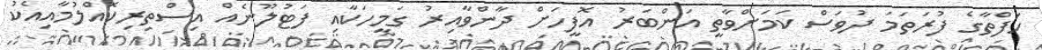
ހަފްތާގެ ފުރަތަމަ ދުވަސް ކަމަށްވާތީ އަންބަރު އޮފީހަށް ދާންވާއިރު ގަމީހަކާއި ފަޓުލޫނެއް އިސްތިރިކޮއްލުމާއިއެކު